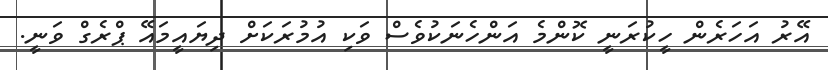
އޭރު އަހަރެން ހީކުރަނީ ކޮންމެ އަންހެނަކުވެސް ވަކި އުމުރަކަށް ދިޔައީމައޭ ޕްރެގް ވަނީ.